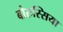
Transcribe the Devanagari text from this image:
बोरुस्सिया